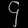
Digit: ၄